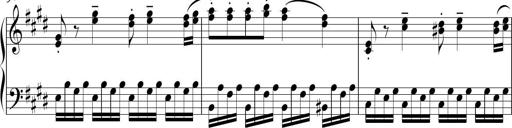
Title: Sonatina in E minor
Composer: Shuwen Zhang
Key: E minor